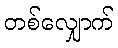
တစ်လျှောက်